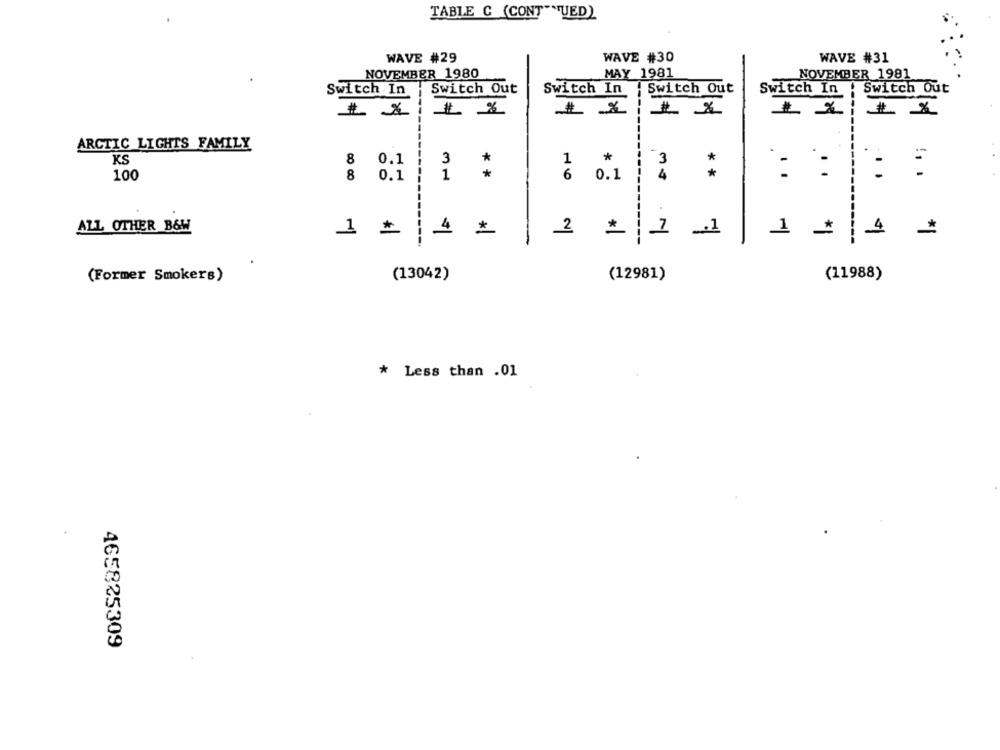
TABLE C (CONT""UED)
WAVE #29
WAVE #30
WAVE #31
NOVEMBER 1980
MAY 1981
NOVEMBER 1981
Switch Out
Switch In | Switch Out
Switch In
Switch Out
Switch .In
# *
# *
ARCTIC LIGHTS FAMILY
KS
8
0.1
3
*
1
*
*
: :
!. .
100
8
0.1
1
*
6 0.1
*
-----
.
ALL OTHER B&W
*
2
_. 1
1
*
1 *
1 4
* 1
(Former Smokers)
(13042)
(12981)
(11988)
* Less than .01
.
465825309